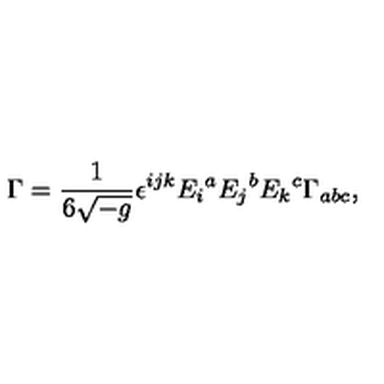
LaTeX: \Gamma = { \frac { 1 } { 6 \sqrt { - g } } } \epsilon ^ { i j k } E _ { i } { } ^ { a } E _ { j } { } ^ { b } E _ { k } { } ^ { c } \Gamma _ { a b c } ,